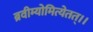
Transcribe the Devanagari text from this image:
ब्रवीम्योमित्येतत्।।